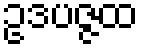
ဥဒပဇ္ဇထ